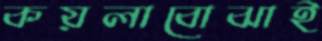
কয়লাবোঝাই